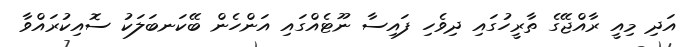
އަދި މިއީ ރާއްޖޭގެ ތާރީހުގައި ދިވެހި ފައިސާ ނޫޓެއްގައި އަންހެން ބޭކަނބަލަކު ސޮއިކުރައްވާ